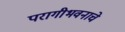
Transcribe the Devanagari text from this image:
परागीभवनाचे